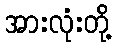
အားလုံးတို့